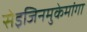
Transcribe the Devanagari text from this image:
सेइजिनमुकेमांगा